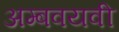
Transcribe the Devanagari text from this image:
अम्बवयवी